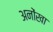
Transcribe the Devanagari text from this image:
अनोंखा